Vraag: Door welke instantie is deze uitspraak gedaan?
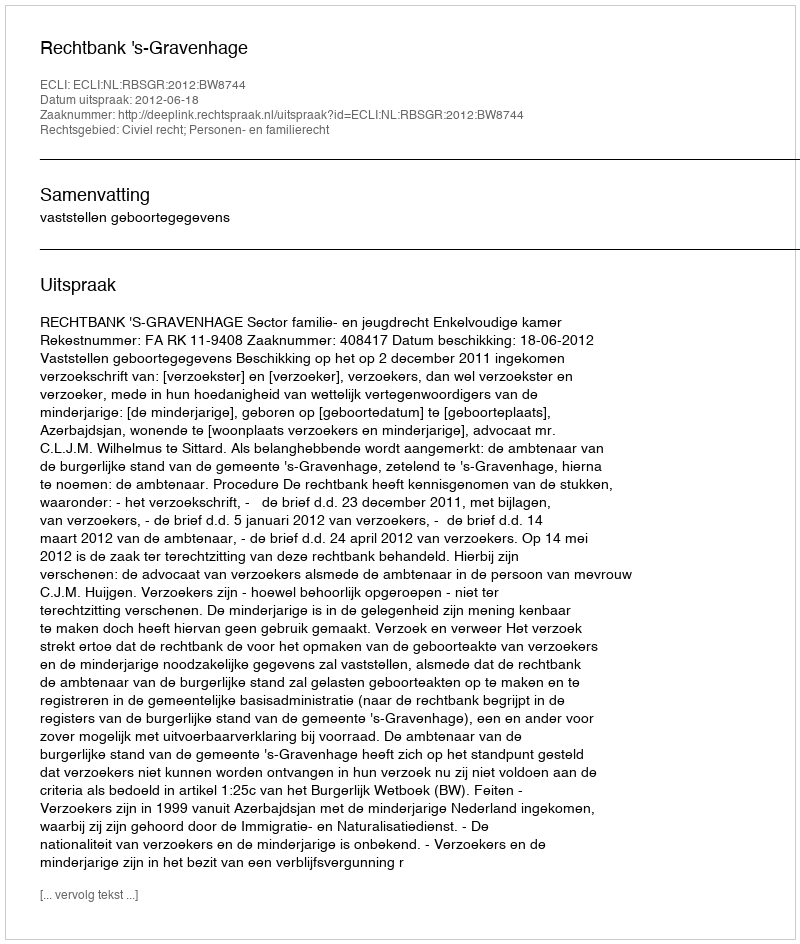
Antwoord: Rechtbank 's-Gravenhage